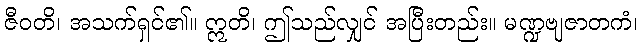
ဇီဝတိ၊ အသက်ရှင်၏။ ဣတိ၊ ဤသည်လျှင် အပြီးတည်း။ မဏ္ဍဗျဇာတကံ၊